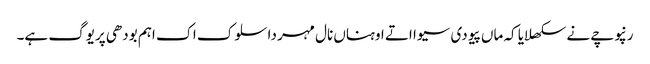
رنپوچے نے سکھلایا کہ ماں پیو دی سیوا اتے اوہناں نال مہر دا سلوک اک اہم بودھی پریوگ ہے۔